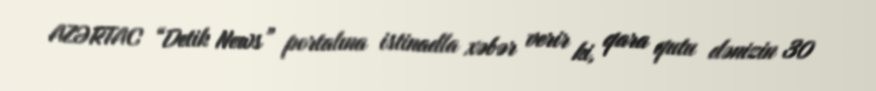
AZƏRTAC “Detik News” portalına istinadla xəbər verir ki, qara qutu dənizin 30